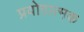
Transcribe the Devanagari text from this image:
प्रयोग़ात्मक